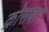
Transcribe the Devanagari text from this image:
क्रोसबार